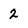
Character: 2